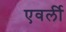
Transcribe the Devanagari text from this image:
एवर्ली